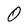
Character: O